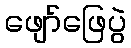
ဖျော်ဖြေပွဲ